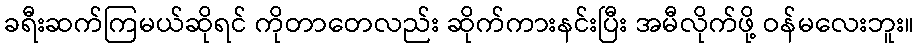
ခရီးဆက်ကြမယ်ဆိုရင် ကိုတာတေလည်း ဆိုက်ကားနင်းပြီး အမီလိုက်ဖို့ ဝန်မလေးဘူး။